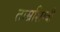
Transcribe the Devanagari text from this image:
ताम्रशिम्बी